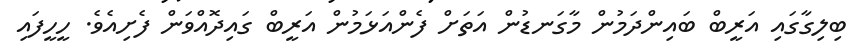
ބިލިގާގައި އަރީބް ބައިންދަމުން މާގަނޑުން އަތަށް ފެންއަޅަމުން އަރީބް ގައިދޮއްވަން ފެށިއެވެ. ހީހީފައި